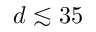
d \lesssim 3 5